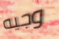
وجيه